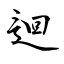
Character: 迴